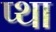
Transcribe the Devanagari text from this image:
प्था